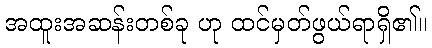
အထူးအဆန်းတစ်ခု ဟု ထင်မှတ်ဖွယ်ရာရှိ၏။